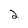
Character: 2